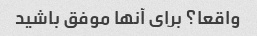
واقعا؟ برای آنها موفق باشید